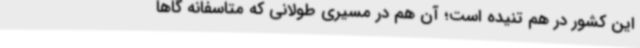
این کشور در هم تنیده است؛ آن هم در مسیری طولانی که متاسفانه گاها